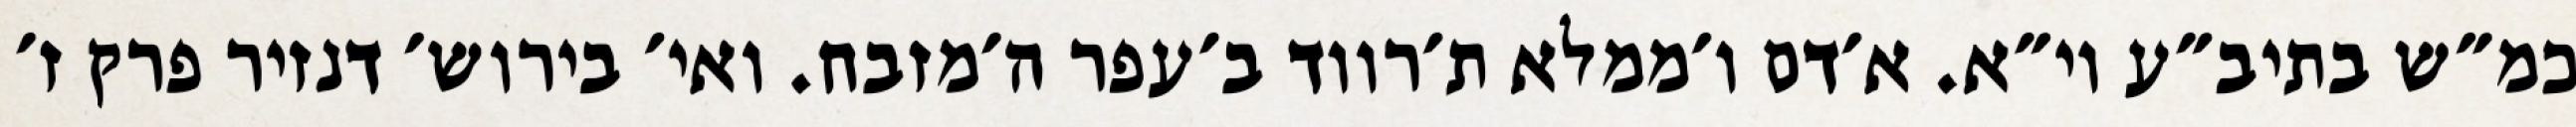
כמ״ש בתיב״ע וי״א. א׳דם ו׳ממלא ת׳רווד ב׳עפר ה׳מזבח. ואי׳ בירוש׳ דנזיר פרק ז׳